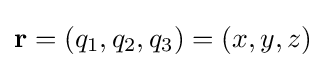
\mathbf {r} =(q_{1},q_{2},q_{3})=(x,y,z)